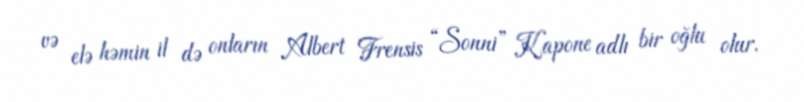
və elə həmin il də onların Albert Frensis “Sonni” Kapone adlı bir oğlu olur.